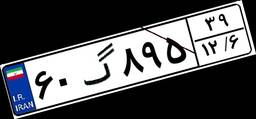
۶۰گ۸۹۵۳۹